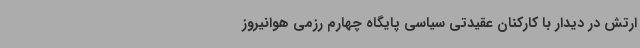
ارتش در دیدار با کارکنان عقیدتی سیاسی پایگاه چهارم رزمی هوانیروز